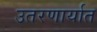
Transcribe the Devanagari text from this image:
उतरणार्यात